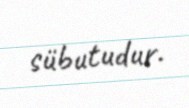
sübutudur.